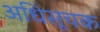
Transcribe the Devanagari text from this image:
अधिसूचक